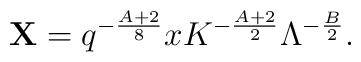
{\bf X}=q^{-\frac{A+2}{8}}xK^{-\frac{A+2}{2}}\Lambda^{-\frac{B}{2}}.